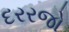
દરરજો